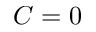
C = 0